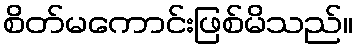
စိတ်မကောင်းဖြစ်မိသည်။